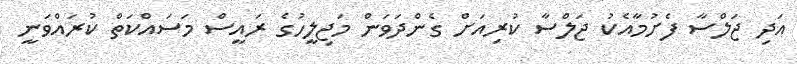
އަދި ޖަލްސާ ފެށުމާއެކު ޖަލްސާ ކުރިއަށް ގެންދަވަން މަޖިލީހުގެ ރައީސް މަސައްކަތް ކުރައްވަނީ